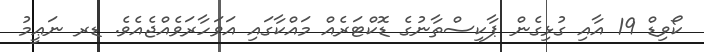
ކޯވިޑް 19 އާއި ގުޅިގެން ޕާކިސްތާނުގެ ޑޮކްޓަރެއް މައްކާގައި އަވަހާރަވެއްޖެއެވެ. ޑރ ނަޢީމު